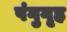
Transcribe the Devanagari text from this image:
पंगुगृह